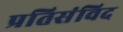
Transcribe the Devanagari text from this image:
प्रतिसंविद